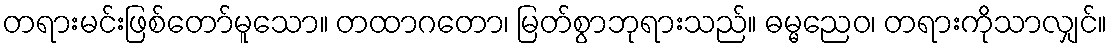
တရားမင်းဖြစ်တော်မူသော။ တထာဂတော၊ မြတ်စွာဘုရားသည်။ ဓမ္မညေဝ၊ တရားကိုသာလျှင်။